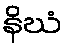
နိဃံ